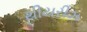
થીયરીઝ